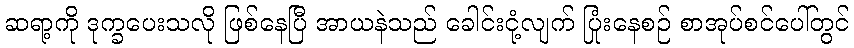
ဆရာ့ကို ဒုက္ခပေးသလို ဖြစ်နေပြီ အာယနဲသည် ခေါင်းငုံ့လျက် ပြုံးနေစဉ် စာအုပ်စင်ပေါ်တွင်